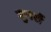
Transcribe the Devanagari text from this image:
मुनरों